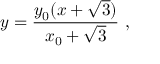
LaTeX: y = \frac { y _ { 0 } ( x + \sqrt { 3 } ) } { x _ { 0 } + \sqrt { 3 } } \ ,